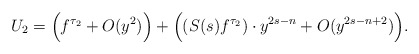
\begin{align*}U_{2}=\Big(f^{\tau_2}+O(y^2)\Big)+\Big((S(s)f^{\tau_2})\cdot y^{2s-n}+O(y^{2s-n+2})\Big).\end{align*}